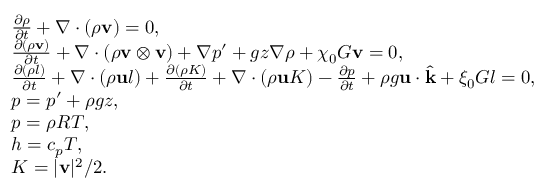
\begin{array} { r l } & { \frac { \partial \rho } { \partial t } + \nabla \cdot ( \rho \mathbf v ) = 0 , } \\ & { \frac { \partial ( \rho \mathbf v ) } { \partial t } + \nabla \cdot ( \rho \mathbf v \otimes \mathbf v ) + \nabla p ^ { \prime } + g z \nabla \rho + \chi _ { 0 } G \mathbf v = \boldsymbol { 0 } , } \\ & { \frac { \partial ( \rho l ) } { \partial t } + \nabla \cdot ( \rho \mathbf u l ) + \frac { \partial ( \rho K ) } { \partial t } + \nabla \cdot ( \rho \mathbf u K ) - \frac { \partial p } { \partial t } + \rho g \mathbf u \cdot \widehat { \mathbf k } + \xi _ { 0 } G l = 0 , } \\ & { p = p ^ { \prime } + \rho g z , } \\ & { p = \rho R T , } \\ & { h = c _ { p } T , } \\ & { K = | \mathbf v | ^ { 2 } / 2 . } \end{array}